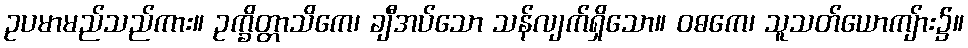
ဥပမာမည်သည်ကား။ ဥက္ခိတ္တာသိကေ၊ ချီအပ်သော သန်လျက်ရှိသော။ ဝဓကေ၊ သူသတ်ယောကျ်ား၌။